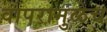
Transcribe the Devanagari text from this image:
वापरामुळेच